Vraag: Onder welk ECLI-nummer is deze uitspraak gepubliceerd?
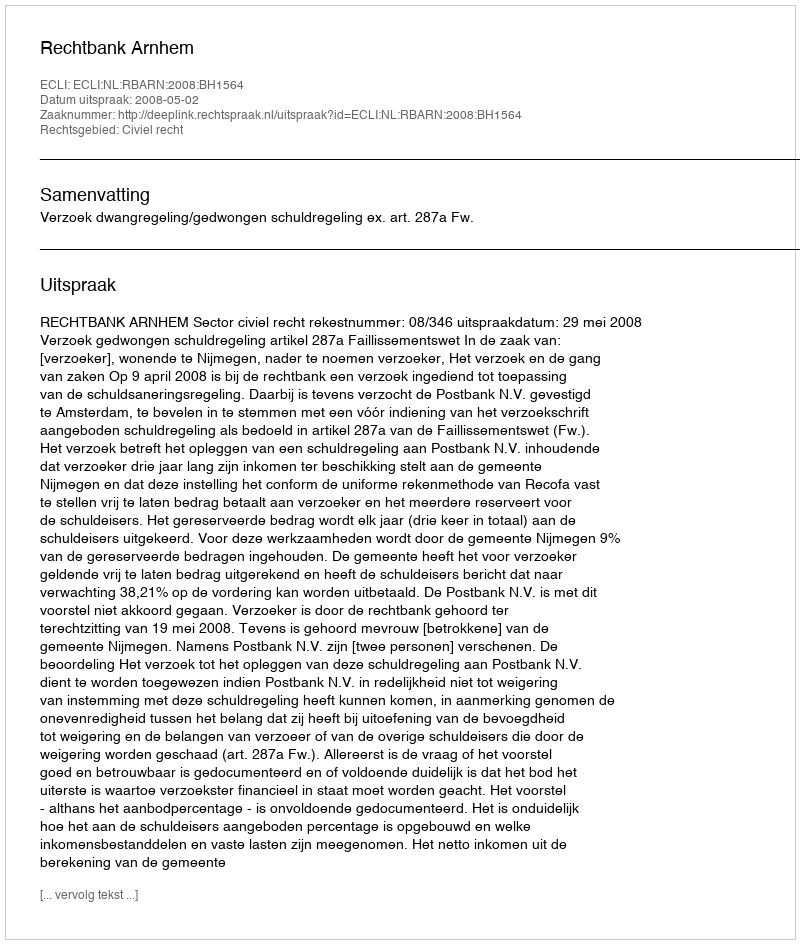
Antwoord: ECLI:NL:RBARN:2008:BH1564